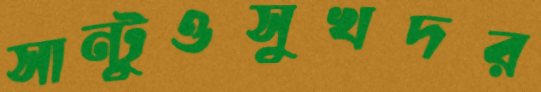
সান্টুওসুখদর